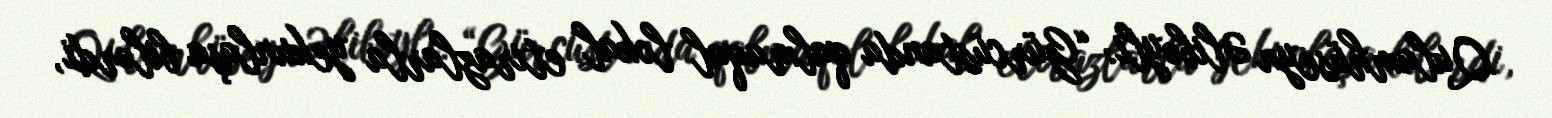
Qulamhüseyn Əlibəyli: “Gürcüstanda qalmaqal lokal etirazlarla yekunlaşa bilərdi,